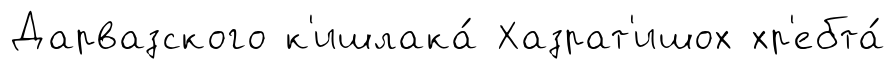
Дарвазского к'ишлака́ Хазрат'ишох хр'ебта́